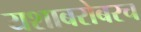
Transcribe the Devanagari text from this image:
यशाबरोबरच